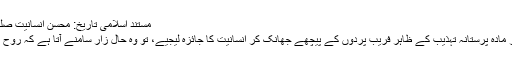
مستند اسلامی تاریخ: محسنِ انسانیت صلی اللہ علیہ وسلم
موجودہ عالمگیر مادہ پرستانہ تہذیب کے ظاہر فریب پردوں کے پیچھے جھانک کر انسانیت کا جائزہ لیجیے، تو وہ حال زار سامنے آتا ہے کہ روح کانپ جاتی ہے۔